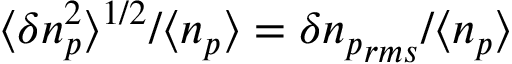
\langle \delta n _ { p } ^ { 2 } \rangle ^ { 1 / 2 } / \langle n _ { p } \rangle = \delta { n _ { p } } _ { r m s } / \langle n _ { p } \rangle